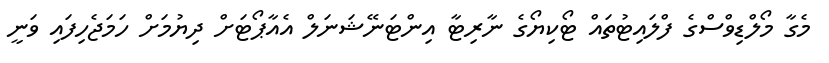
މެގާ މޯލްޑިވްސްގެ ފްލައިޓުތައް ޓޯކިޔޯގެ ނާރިޓާ އިންޓަނޭޝަނަލް އެއާޕޯޓަށް ދިޔުމަށް ހަމަޖެހިފައި ވަނީ